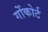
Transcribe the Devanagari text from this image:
गोंकोर्ट